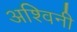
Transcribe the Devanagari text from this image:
अश्‍विनी